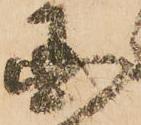
国